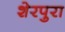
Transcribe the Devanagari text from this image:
शेरपुरा